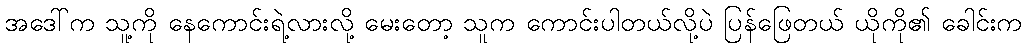
အဒေါ်က သူ့ကို နေကောင်းရဲ့လားလို့ မေးတော့ သူက ကောင်းပါတယ်လို့ပဲ ပြန်ဖြေတယ် ယိုကို၏ ခေါင်းက